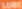
LUBE